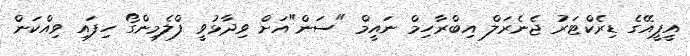
އީޕީއޭގެ ޑިރެކްޓަރު ޖެނެރަލް އިބްރާހިމް ނައީމް "ސަން"އަށް ވިދާޅުވީ ފްލެމިންގޯ ހިފައި ވިއްކަން